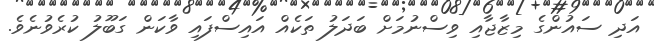
އަދި ސައުންގެ މިޒާޖާއި ވިސްނުމަށް ބަދަލު ތަކެއް އައިސްފައި ވާކަން ގަބޫލު ކުރެވުނެވެ.